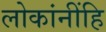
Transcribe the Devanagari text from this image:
लोकांनींहि